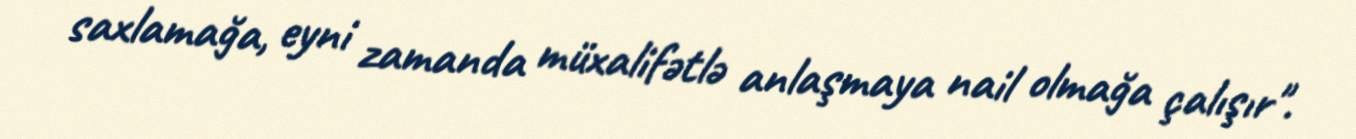
saxlamağa, eyni zamanda müxalifətlə anlaşmaya nail olmağa çalışır".